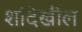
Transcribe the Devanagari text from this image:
शॉदेखील